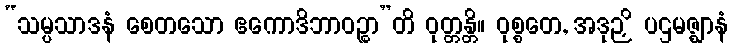
“သမ္ပသာဒနံ စေတသော ဧကောဒိဘာဝဉ္စာ”တိ ဝုတ္တန္တိ။ ဝုစ္စတေ, အဒုဉှိ ပဌမဇ္ဈာနံ